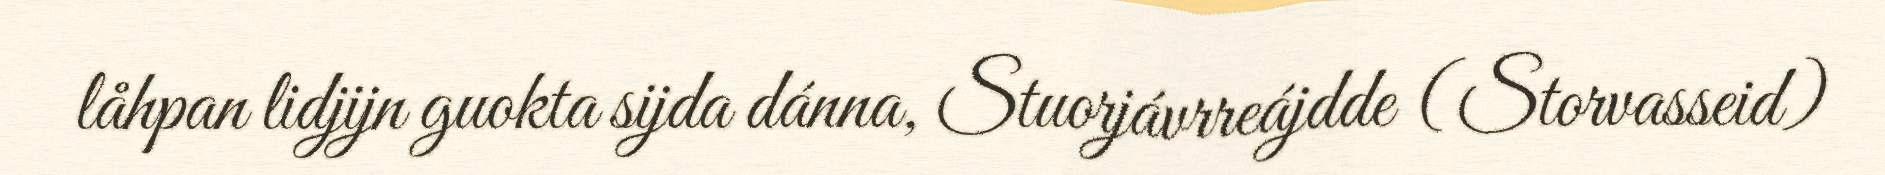
låhpan lidjijn guokta sijda dánna, Stuorjávrreájdde (Storvasseid)